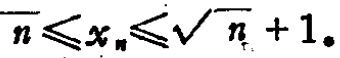
$\overline{n}\leqslant x_{n}\leqslant\sqrt{n}+1。$